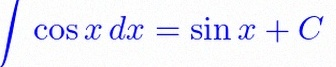
\int \cos x\,dx=\sin x+C